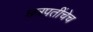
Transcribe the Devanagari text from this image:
छत्रपतींचेच